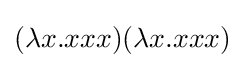
(\lambda x.xxx)(\lambda x.xxx)